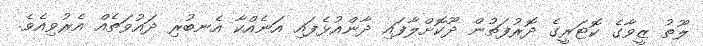
ލޫތު ޒީވާގެ ކޮޓަރީގެ ދޮރުފަތުން ދޫކޮށްލާފައި ދާންއުޅެފައި އަނެއްކާ އެނބުރި ދައުވަތެއް އެރުވިއެވެ.